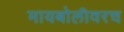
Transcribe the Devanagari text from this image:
मायबोलीवरच